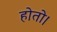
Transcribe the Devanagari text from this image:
होतो।